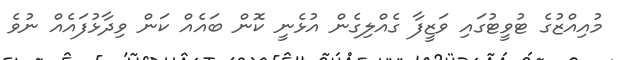
މުއިއްޒުގެ ޓުވީޓުގައި ވަޒީފާ ގެއްލިގެން އުޅެނީ ކޮން ބައެއް ކަން ވިދާޅުފައެއް ނުވެ